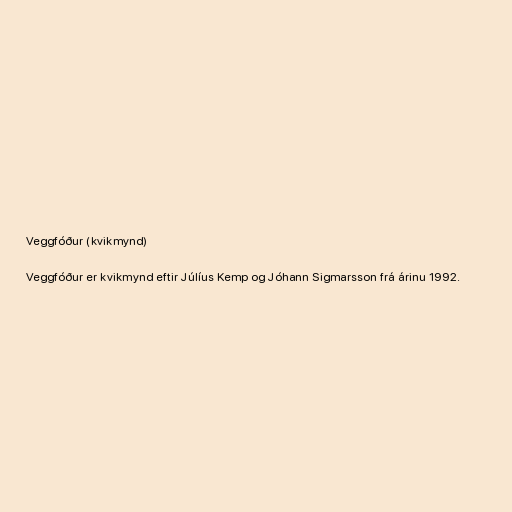
Veggfóður (kvikmynd)

Veggfóður er kvikmynd eftir Júlíus Kemp og Jóhann Sigmarsson frá árinu 1992.